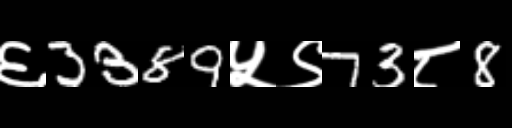
Text: ६3389५९73८8